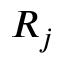
R _ { j }